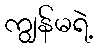
ကျွန်မရဲ့